Report of an investigation of the epidemic of malarial fever in Assam, or, kala-azar
Disease focus: Malaria
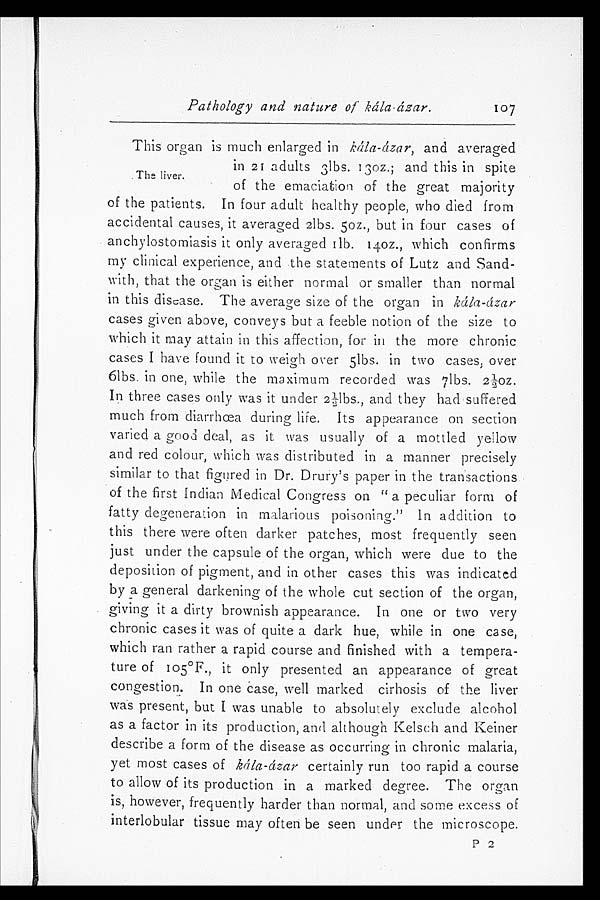
Pathology and nature of kála ázar.
107
The liver.
This organ is much enlarged in kála-ázar, and averaged
in 21 adults 3lbs. 13oz.; and this in spite
of the emaciation of the great majorit
y o f t h e p a t i e n t s . I n f o u r a d u l t h e a l t h y p e o p l e , w h o d i e d f r o m
accidental causes, it averaged 2lbs. 5oz., but in four cases of
anchylostomiasis it only averaged 1lb. 14oz., which confirms
my clinical experience, and the statements of Lutz and Sand
- w i t h , t h a t t h e o r g a n i s e i t h e r n o r m a l o r s m a l l e r t h a n n o r m a l
in this disease. The average size of the organ in kála-ázar
cases given above, conveys but a feeble notion of the size to
which it may attain in this affection, for in the more chronic
cases I have found it to weigh over 5lbs. in two cases, over
6lbs. in one, while the maximum recorded was 7lbs. 2½oz.
In three cases only was it under 2½lbs., and they had suffered
much from diarrhœa during life. Its appearance on section
varied a good deal, as it was usually of a mottled yellow
and red colour, which was distributed in a manner precisely
similar to that figured in Dr. Drury's paper in the transactions
of the first Indian Medical Congress on "a peculiar form of
fatty degeneration in malarious poisoning." In addition to
this there were often darker patches, most frequently seen
just under the capsule of the organ, which were due to the
deposition of pigment, and in other cases this was indicated
by a general darkening of the whole cut section of the organ,
giving it a dirty brownish appearance. In one or two very
chronic cases it was of quite a dark hue, while in one case,
which ran rather a rapid course and finished with a tempera
- t u r e o f 1 0 5°F . , i t o n l y p r e s e n t e d a n a p p e a r a n c e o f g r e a t
congestion. In one case, well marked cirhosis of the liver
was present, but I was unable to absolutely exclude alcohol
as a factor in its production, and although Kelsch and Keiner
describe a form of the disease as occurring in chronic malaria,
yet most cases of kála-ázar certainly run too rapid a course
to allow of its production in a marked degree. The organ
is, however, frequently harder than normal, and some excess of
interlobular tissue may often be seen under the microscope.
P 2